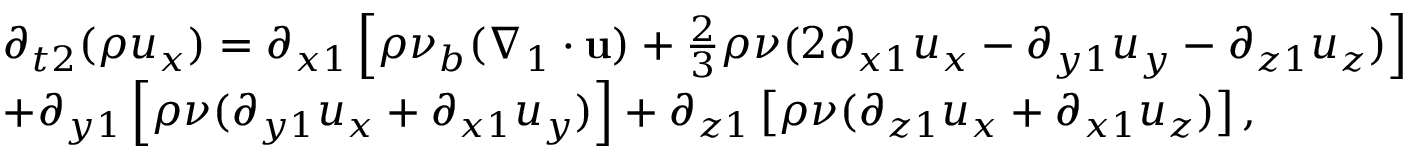
\begin{array} { l } { { \partial _ { t 2 } } ( \rho { u _ { x } } ) = { \partial _ { x 1 } } \left[ { \rho { \nu _ { b } } ( { \nabla _ { 1 } } \cdot { \bf { u } } ) + \frac { 2 } { 3 } \rho \nu ( 2 { \partial _ { x 1 } } { u _ { x } } - { \partial _ { y 1 } } { u _ { y } } - { \partial _ { z 1 } } { u _ { z } } ) } \right] } \\ { + { \partial _ { y 1 } } \left[ { \rho \nu ( { \partial _ { y 1 } } { u _ { x } } + { \partial _ { x 1 } } { u _ { y } } ) } \right] + { \partial _ { z 1 } } \left[ { \rho \nu ( { \partial _ { z 1 } } { u _ { x } } + { \partial _ { x 1 } } { u _ { z } } ) } \right] , } \end{array}